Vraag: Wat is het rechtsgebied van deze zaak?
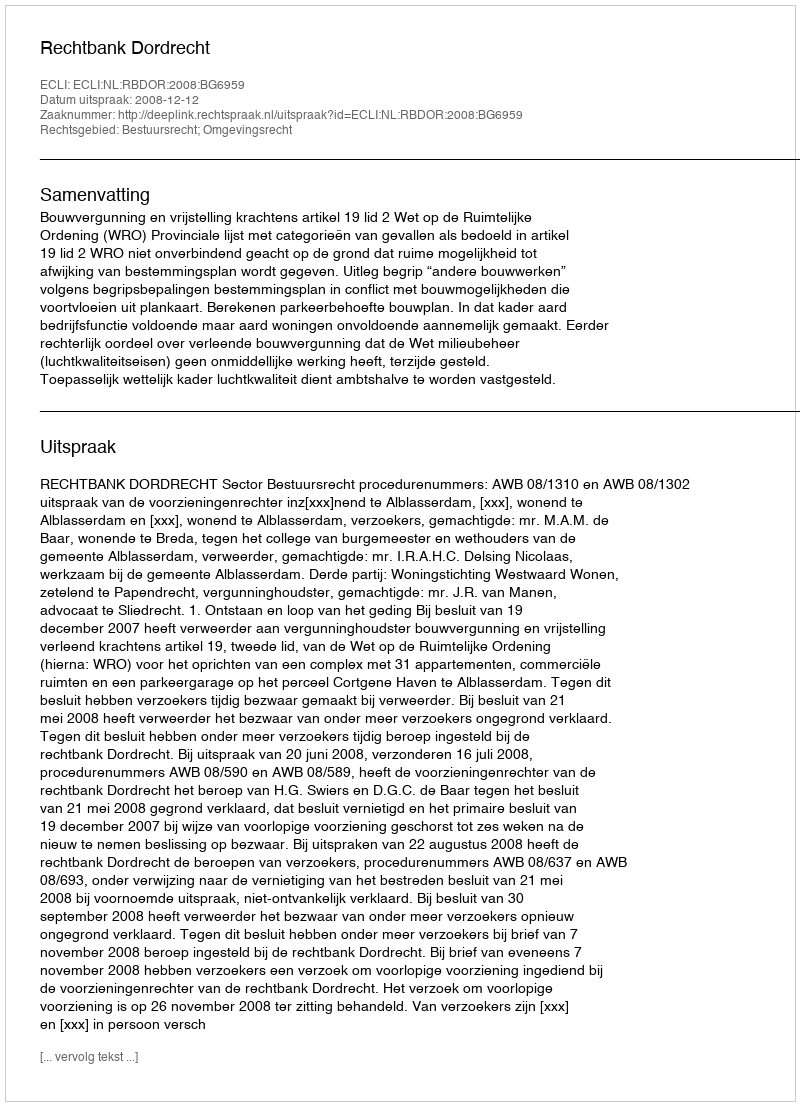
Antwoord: Bestuursrecht; Omgevingsrecht